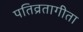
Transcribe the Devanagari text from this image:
पतिव्रतागीता